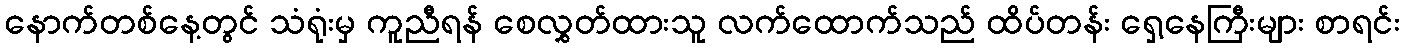
နောက်တစ်နေ့တွင် သံရုံးမှ ကူညီရန် စေလွှတ်ထားသူ လက်ထောက်သည် ထိပ်တန်း ရှေ့နေကြီးများ စာရင်း